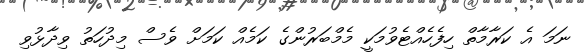
ނަމަ އެ ކަރާމާތް ހިފެހެއްޓެވުމަކީ މެމްބަރުންގެ ކަމެއް ކަމަށް ވެސް މިދުހަތު ވިދާޅުވި